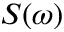
S ( \omega )